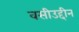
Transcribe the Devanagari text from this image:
वसीउद्दीन